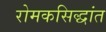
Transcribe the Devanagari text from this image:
रोमकसिद्धांत